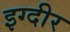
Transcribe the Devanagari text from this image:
इग्दीर